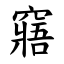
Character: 窹